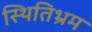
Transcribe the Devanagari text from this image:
स्थितिभ्रम